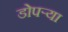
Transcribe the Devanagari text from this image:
डोपर्‍या